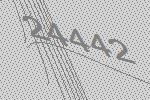
24442